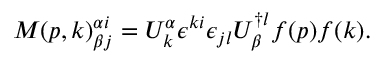
{ \cal M } ( p , k ) _ { \beta j } ^ { \alpha i } = U _ { k } ^ { \alpha } \epsilon ^ { k i } \epsilon _ { j l } U _ { \beta } ^ { \dagger l } f ( p ) f ( k ) .